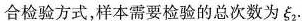
混合检验方式，样本需要检验的总次数为\xi_{2}。